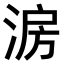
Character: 𣷔